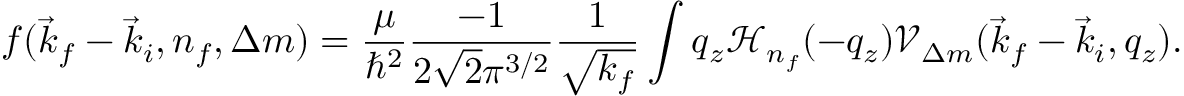
f ( \vec { k } _ { f } - \vec { k } _ { i } , n _ { f } , \Delta m ) = \frac { \mu } { \hbar ^ { 2 } } \frac { - 1 } { 2 \sqrt { 2 } \pi ^ { 3 / 2 } } \frac { 1 } { \sqrt { k _ { f } } } \int \d q _ { z } \mathcal { H } _ { n _ { f } } ( - q _ { z } ) \mathcal { V } _ { \Delta m } ( \vec { k } _ { f } - \vec { k } _ { i } , q _ { z } ) .